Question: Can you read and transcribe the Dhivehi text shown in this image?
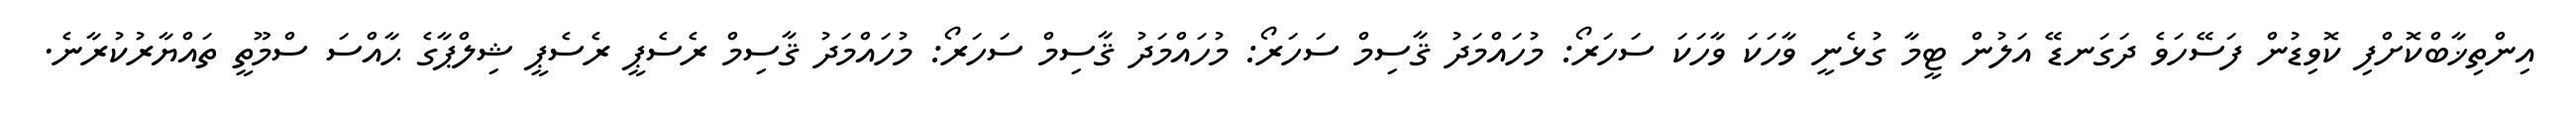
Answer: އިންތިޚާބްކޮށްފި ކޮވިޑުން ފަސޭހަވެ ދަގަނޑޭ އަލުން ޓީމާ ގުޅެނީ ވާހަކަ ވާހަކަ ސަހަރޯ: މުހައްމަދު ޤާސިމް ސަހަރޯ: މުހައްމަދު ޤާސިމް ސަހަރޯ: މުހައްމަދު ޤާސިމް ރެސެޕީ ރެސެޕީ ޝިލްޕާގެ ޙާއްސަ ސްމޫތީ ތައްޔާރުކުރާނެ.